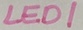
Text: LED1